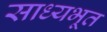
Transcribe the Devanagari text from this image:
साध्यभूत